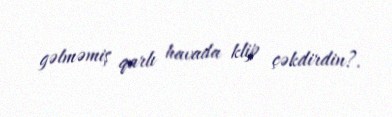
gəlməmiş qarlı havada klip çəkdirdin?.